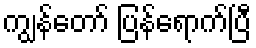
ကျွန်တော် ပြန်ရောက်ပြီ